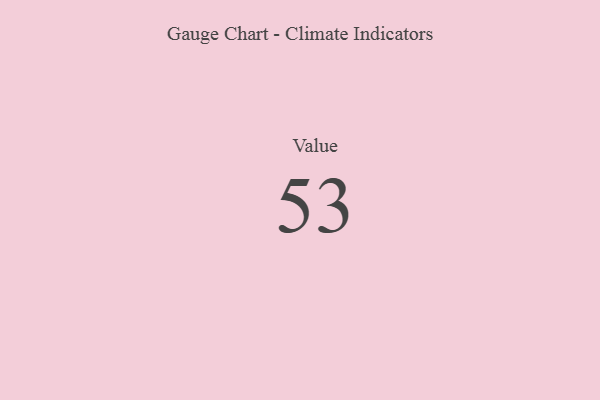
{"axis": {"x": "Metric", "y": "Value"}, "legend": [""], "data": [{"x": "Value", "y": 53, "type": ""}]}